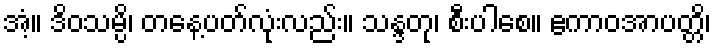
အံ့။ ဒိဝသမ္ပိ၊ တနေ့ပတ်လုံးလည်း။ သန္ဒတု၊ စီးပါစေ။ ဧကာဝအာပတ္တိ၊